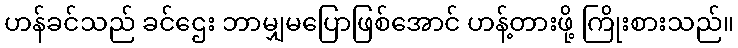
ဟန်ခင်သည် ခင်ဌေး ဘာမျှမပြောဖြစ်အောင် ဟန့်တားဖို့ ကြိုးစားသည်။